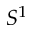
S ^ { 1 }